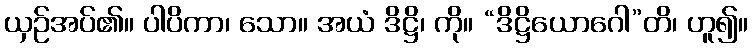
ယှဉ်အပ်၏။ ပါပိကာ၊ သော။ အယံ ဒိဋ္ဌိ၊ ကို။ “ဒိဋ္ဌိယောဂေါ”တိ၊ ဟူ၍။